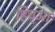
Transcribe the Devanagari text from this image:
हिच्आ